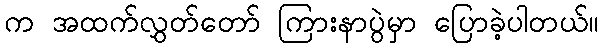
က အထက်လွှတ်တော် ကြားနာပွဲမှာ ပြောခဲ့ပါတယ်။